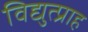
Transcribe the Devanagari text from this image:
विद्युत्प्राह